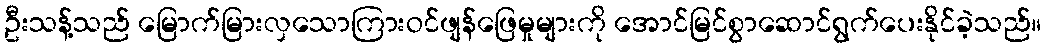
ဦးသန့်သည် မြောက်မြားလှသောကြားဝင်ဖျန်ဖြေမှုများကို အောင်မြင်စွာဆောင်ရွက်ပေးနိုင်ခဲ့သည်။